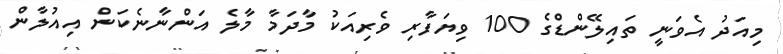
މިއަދު އެވަނީ ތައިލޭންޑްގެ 100 ވިޔަފާރި ވެރިއަކު މާދަމާ މާލެ އަންނާނެކަން އިއުލާން